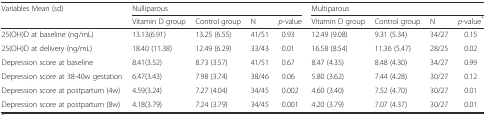
| <ROWSPAN=2> Variables Mean (sd) | <COLSPAN=4> Nulliparous | <COLSPAN=4> Multiparous |
 | Vitamin D group | Control group | N | p-value | Vitamin D group | Control group | N | p-value* |
 | --- | --- | --- | --- | --- | --- | --- | --- | --- |
 | 25(OH)D at baseline (ng/mL) | 13.13(6.91) | 13.25 (6.55) | 41/51 | 0.93 | 12.49 (9.08) | 9.31 (5.34) | 34/27 | 0.15 |
 | 25(OH)D at delivery (ng/mL) | 18.40 (11.38) | 12.49 (6.29) | 33/43 | 0.01 | 16.58 (8.54) | 11.36 (5.47) | 28/25 | 0.02 |
 | Depression score at baseline | 8.41(3.52) | 8.73 (3.57) | 41/51 | 0.67 | 8.47 (4.35) | 8.48 (4.30) | 34/27 | 0.99 |
 | Depression score at 38-40w gestation | 6.47(3.43) | 7.98 (3.74) | 38/46 | 0.06 | 5.80 (3.62) | 7.44 (4.28) | 30/27 | 0.12 |
 | Depression score at postpartum (4w) | 4.59(3.24) | 7.27 (4.04) | 34/45 | 0.002 | 4.60 (3.40) | 7.52 (4.70) | 30/27 | 0.01 |
 | Depression score at postpartum (8w) | 4.18(3.79) | 7.24 (3.79) | 34/45 | 0.001 | 4.20 (3.79) | 7.07 (4.37) | 30/27 | 0.01 |